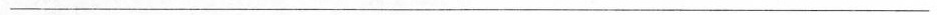
___